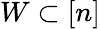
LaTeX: W\subset[n]